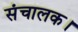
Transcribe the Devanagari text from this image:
संचालक।